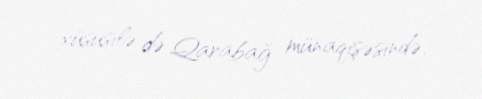
xüsusilə də Qarabağ münaqişəsində.